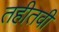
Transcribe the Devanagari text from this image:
तहीतवी